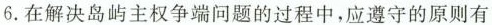
6. 在解决岛屿主权争端问题的过程中，应遵守的原则有